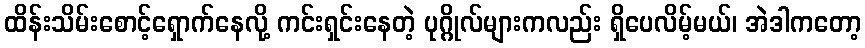
ထိန်းသိမ်းစောင့်ရှောက်နေလို့ ကင်းရှင်းနေတဲ့ ပုဂ္ဂိုလ်များကလည်း ရှိပေလိမ့်မယ်၊ အဲဒါကတော့